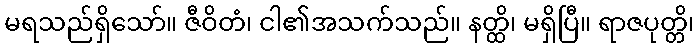
မရသည်ရှိသော်။ ဇီဝိတံ၊ ငါ၏အသက်သည်။ နတ္ထိ၊ မရှိပြီ။ ရာဇပုတ္တိ၊